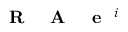
\textrm { \textbf { R } } \textrm { \textbf { A } } \textrm { \textbf { e } } ^ { i }